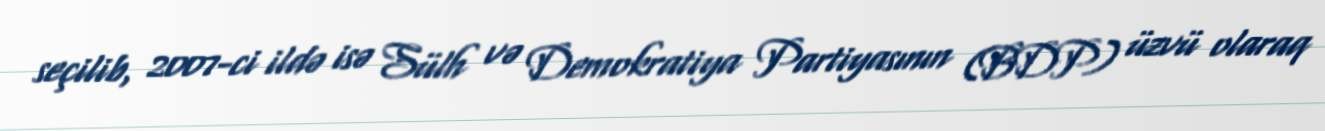
seçilib, 2007-ci ildə isə Sülh və Demokratiya Partiyasının (BDP) üzvü olaraq